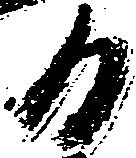
日